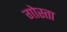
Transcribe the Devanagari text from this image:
गोस्ता